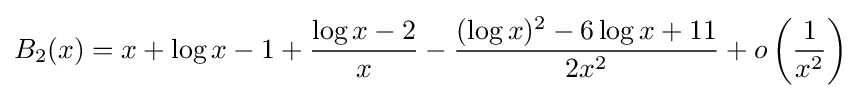
B_{2}(x)=x+\log x-1+{\frac {\log x-2}{x}}-{\frac {(\log x)^{2}-6\log x+11}{2x^{2}}}+o\left({\frac {1}{x^{2}}}\right)